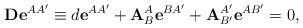
LaTeX: \begin{align*}\mathbf{De}^{AA^{\prime}}\equiv d\mathbf{e}^{AA^{\prime}}+\mathbf{A}_{B}^{A}\mathbf{e}^{BA^{\prime}}+\mathbf{A}_{B^{\prime}}^{A^{\prime}}\mathbf{e}^{AB^{\prime}}=0,\end{align*}